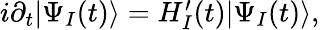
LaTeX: \begin{array}{r}{i\partial_{t}|\Psi_{I}(t)\rangle=H_{I}^{\prime}(t)|\Psi_{I}(t)\rangle,}\end{array}